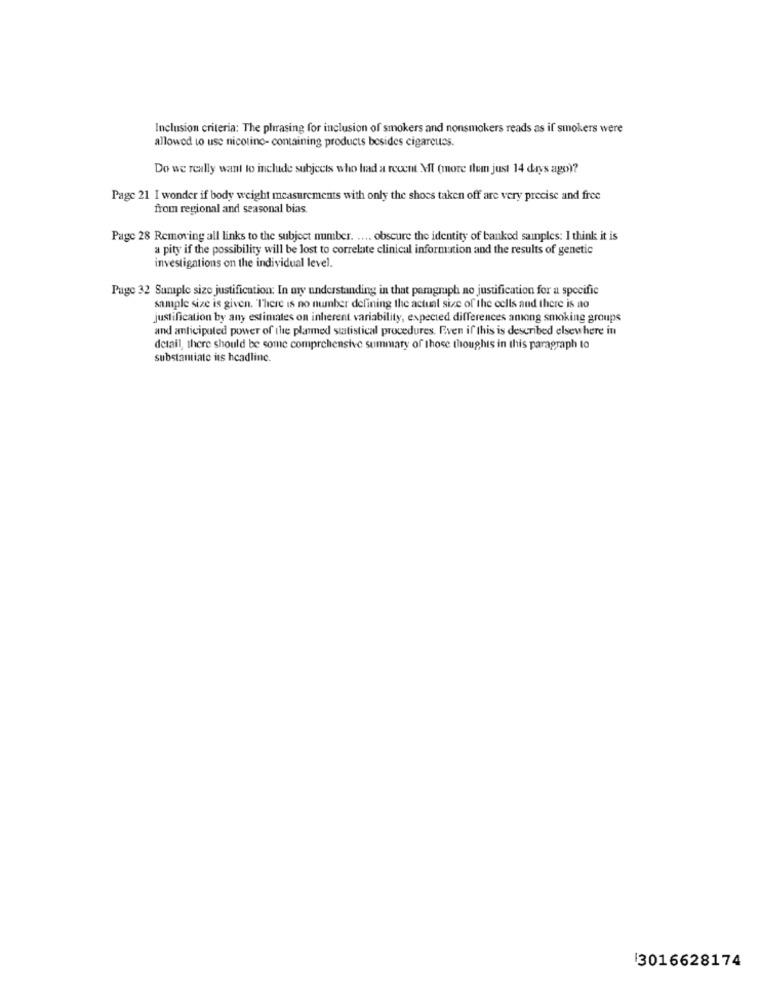
Inclusion criteria: The phrasing for inclusion of smokers and nonsmokers reads as if smokers were
allowed to use nicotino- containing products besides cigarcutes.
Do we really want to include subjects who had a recent MI (more Ilum just 14 days ago)?
Page 21 I wonder if body weight measurements with only the shoes taken off are very precise and free
from regional and seasonal bias.
Page 28 Removing all links to the subject number. .... obscure the identity of bankod samples: I think it is
a pity if the possibility will be lost to correlate clinical information and the results of genetic
investigations on the individual level.
Page 32 Sample size justification: In my understanding in that paragraph no justification for a specific
sample size is given. There is no number defining the actual size of the cells and there is no
justification by any estimates on inherent variability, expected differences among smoking groups
and anticipated power of the planmed statistical procedures. Even if this is described elsewhere in
detail, there should be some comprehensive summary of those thoughts in this paragraph to
substamiate its headline.
13016628174